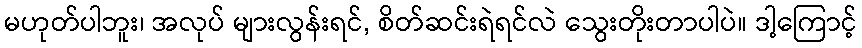
မဟုတ်ပါဘူး၊ အလုပ် များလွန်းရင်, စိတ်ဆင်းရဲရင်လဲ သွေးတိုးတာပါပဲ။ ဒါ့ကြောင့်